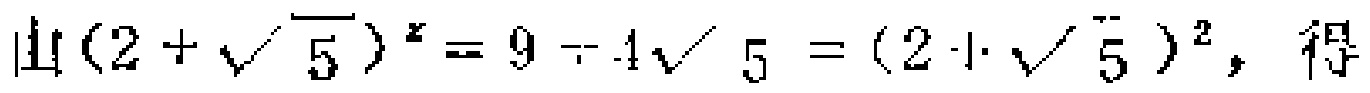
由\((2 + \sqrt{5})^x = 9 - 4\sqrt{5} = (2 - \sqrt{5})^2\)，得